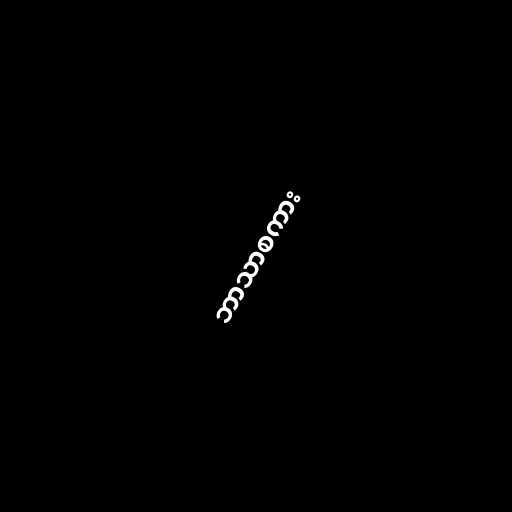
ဘာသာစကား